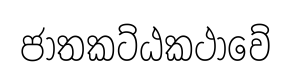
ජාතකට්ඨකථාවේ